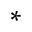
^ *